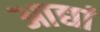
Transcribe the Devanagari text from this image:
आद्यां